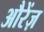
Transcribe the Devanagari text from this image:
औरेंज़